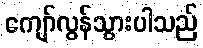
ကျော်လွန်သွားပါသည်